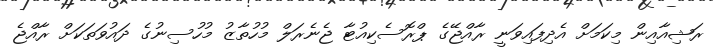
ރަޝިއާއިން މިކަމަށް އެދިފައިވަނީ ރާއްޖޭގެ ޕްރޮސެކިއުޓާ ޖެނެރަލް މުހުތާޒު މުހުސިނުގެ ދައުވަތަކަށް ރާއްޖެ